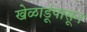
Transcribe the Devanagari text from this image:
खेळाडूंपासून